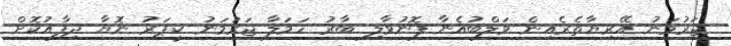
ޖަރުމަނު އޭރިޔާތެރެއިން ވަލްބުއެނާ ފޮނުވާލި ބާރު ހަމަލާ ޖަރުމަނު ކީޕަރު ނޮޔާ ދިފާއުކޮށް